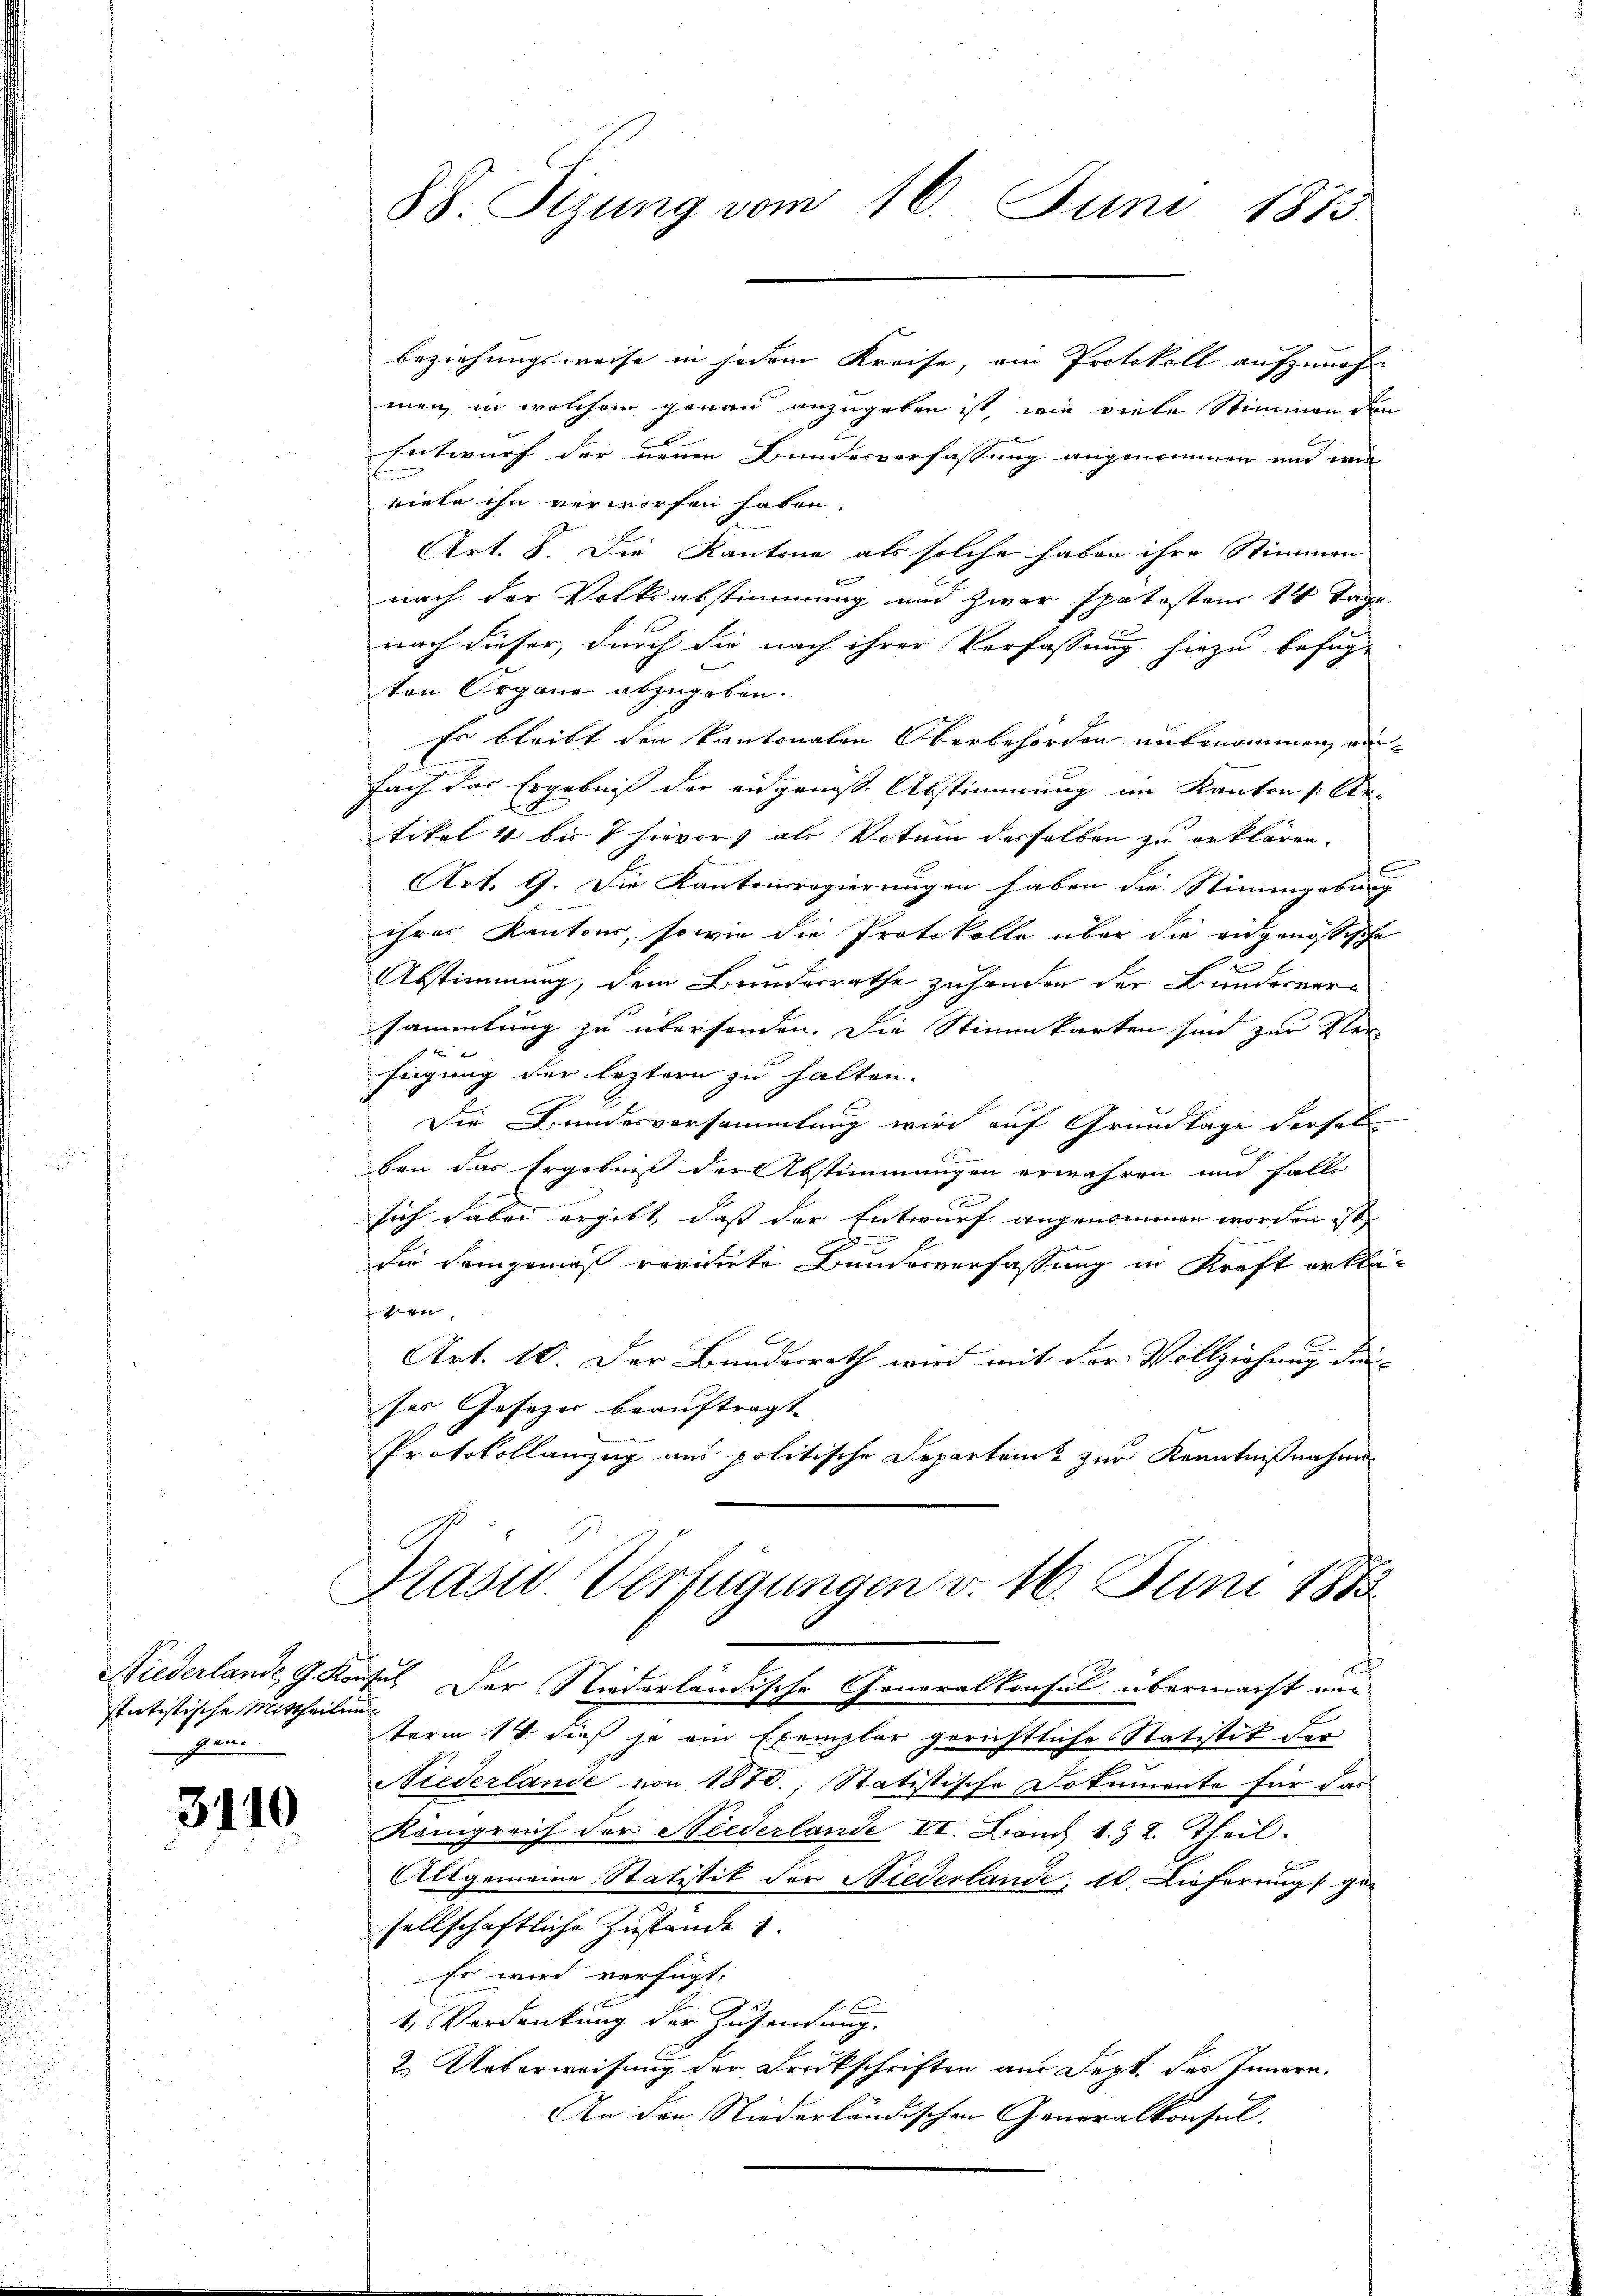
88 Sizung vom 16. Juni 1875

beziehungsweise in jedem Kreise, ain Protokoll aufzunehm
men, in welchem genau anzugeben ist, wie viele Stimmen den
Entwurf der neuen Bundesverfassung angenommen und wei
viele ihn verworfen haben.
Art. 8. Die Kantone als solche haben ihre Stimmen
f
nach der Volksabstimmung und zwar spätestens 14 Tage
nach dieser, durch die nach ihrer Verfassung hiezu befug-
ten Organe abzugeben.
Es bleibt den kantonalen Oberbehörden unbenommen, einfach das Ergebniß der eidgenöss. Abstimmung im Kanton Ar-
tikel 4 bis 7 hievor als Votum desselben zu erklären.
Art. 9. Die Kantonsregierungen haben die Stimmgebung
ihres Kantons, sowie die Protokolle über die eidgenössische
1
Abstimmung, dem Bundesrathe zuhanden der Bundesversammlung zu übersonden. Die Stimmkarten sind zur Ver-
fügung der leztern zu halten.
Die Bundesversammlung wird auf Grundlage dersel
ben das Ergebniß der Abstimmungen erwähren und falls
sich dabei ergibt, daß der Entwurf angenommen worden ist
die Lampera revidirte Bundesverfassung in Kraft erklä-
hien,
Art. 10. Der Bundesrath wird mit der Vollziehung die- |
sers Gesezes beauftragt
Protokollanzug aus politische Departens zur Kenntnißnahme

Prasid. Verfügungen v. 16. Juni 1883

statistische Mittheilung
 gan

Niederlande G. Konsul der Niederländische Generalkonsul übermacht und
term 14. dieß je ein Exemplar gerichtliche Statistik der
Niederlande von 1870.; Statistische Dokumente für das
Königreich der Niederlande VI. Band 1. & 2. Theil.
m
Allgemeine Statistik der Niederlande, 10. Lieferung gesellschaftliche Zustande
Es wird verfügt:
1. Verdankung der Zusendung.
2. Ueberweisung der Druckschriften aus Sept. des Innern.
An den Niederländischen Generalkonsul.

3110